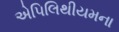
એપિલિથીયમના